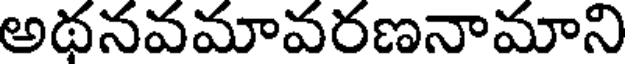
అథనవమావరణనామాని